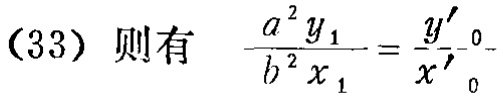
(33) 则有  $\frac{a^{2}y_{1}}{b^{2}x_{1}} = \frac{y'_{0}}{x'_{0}}$